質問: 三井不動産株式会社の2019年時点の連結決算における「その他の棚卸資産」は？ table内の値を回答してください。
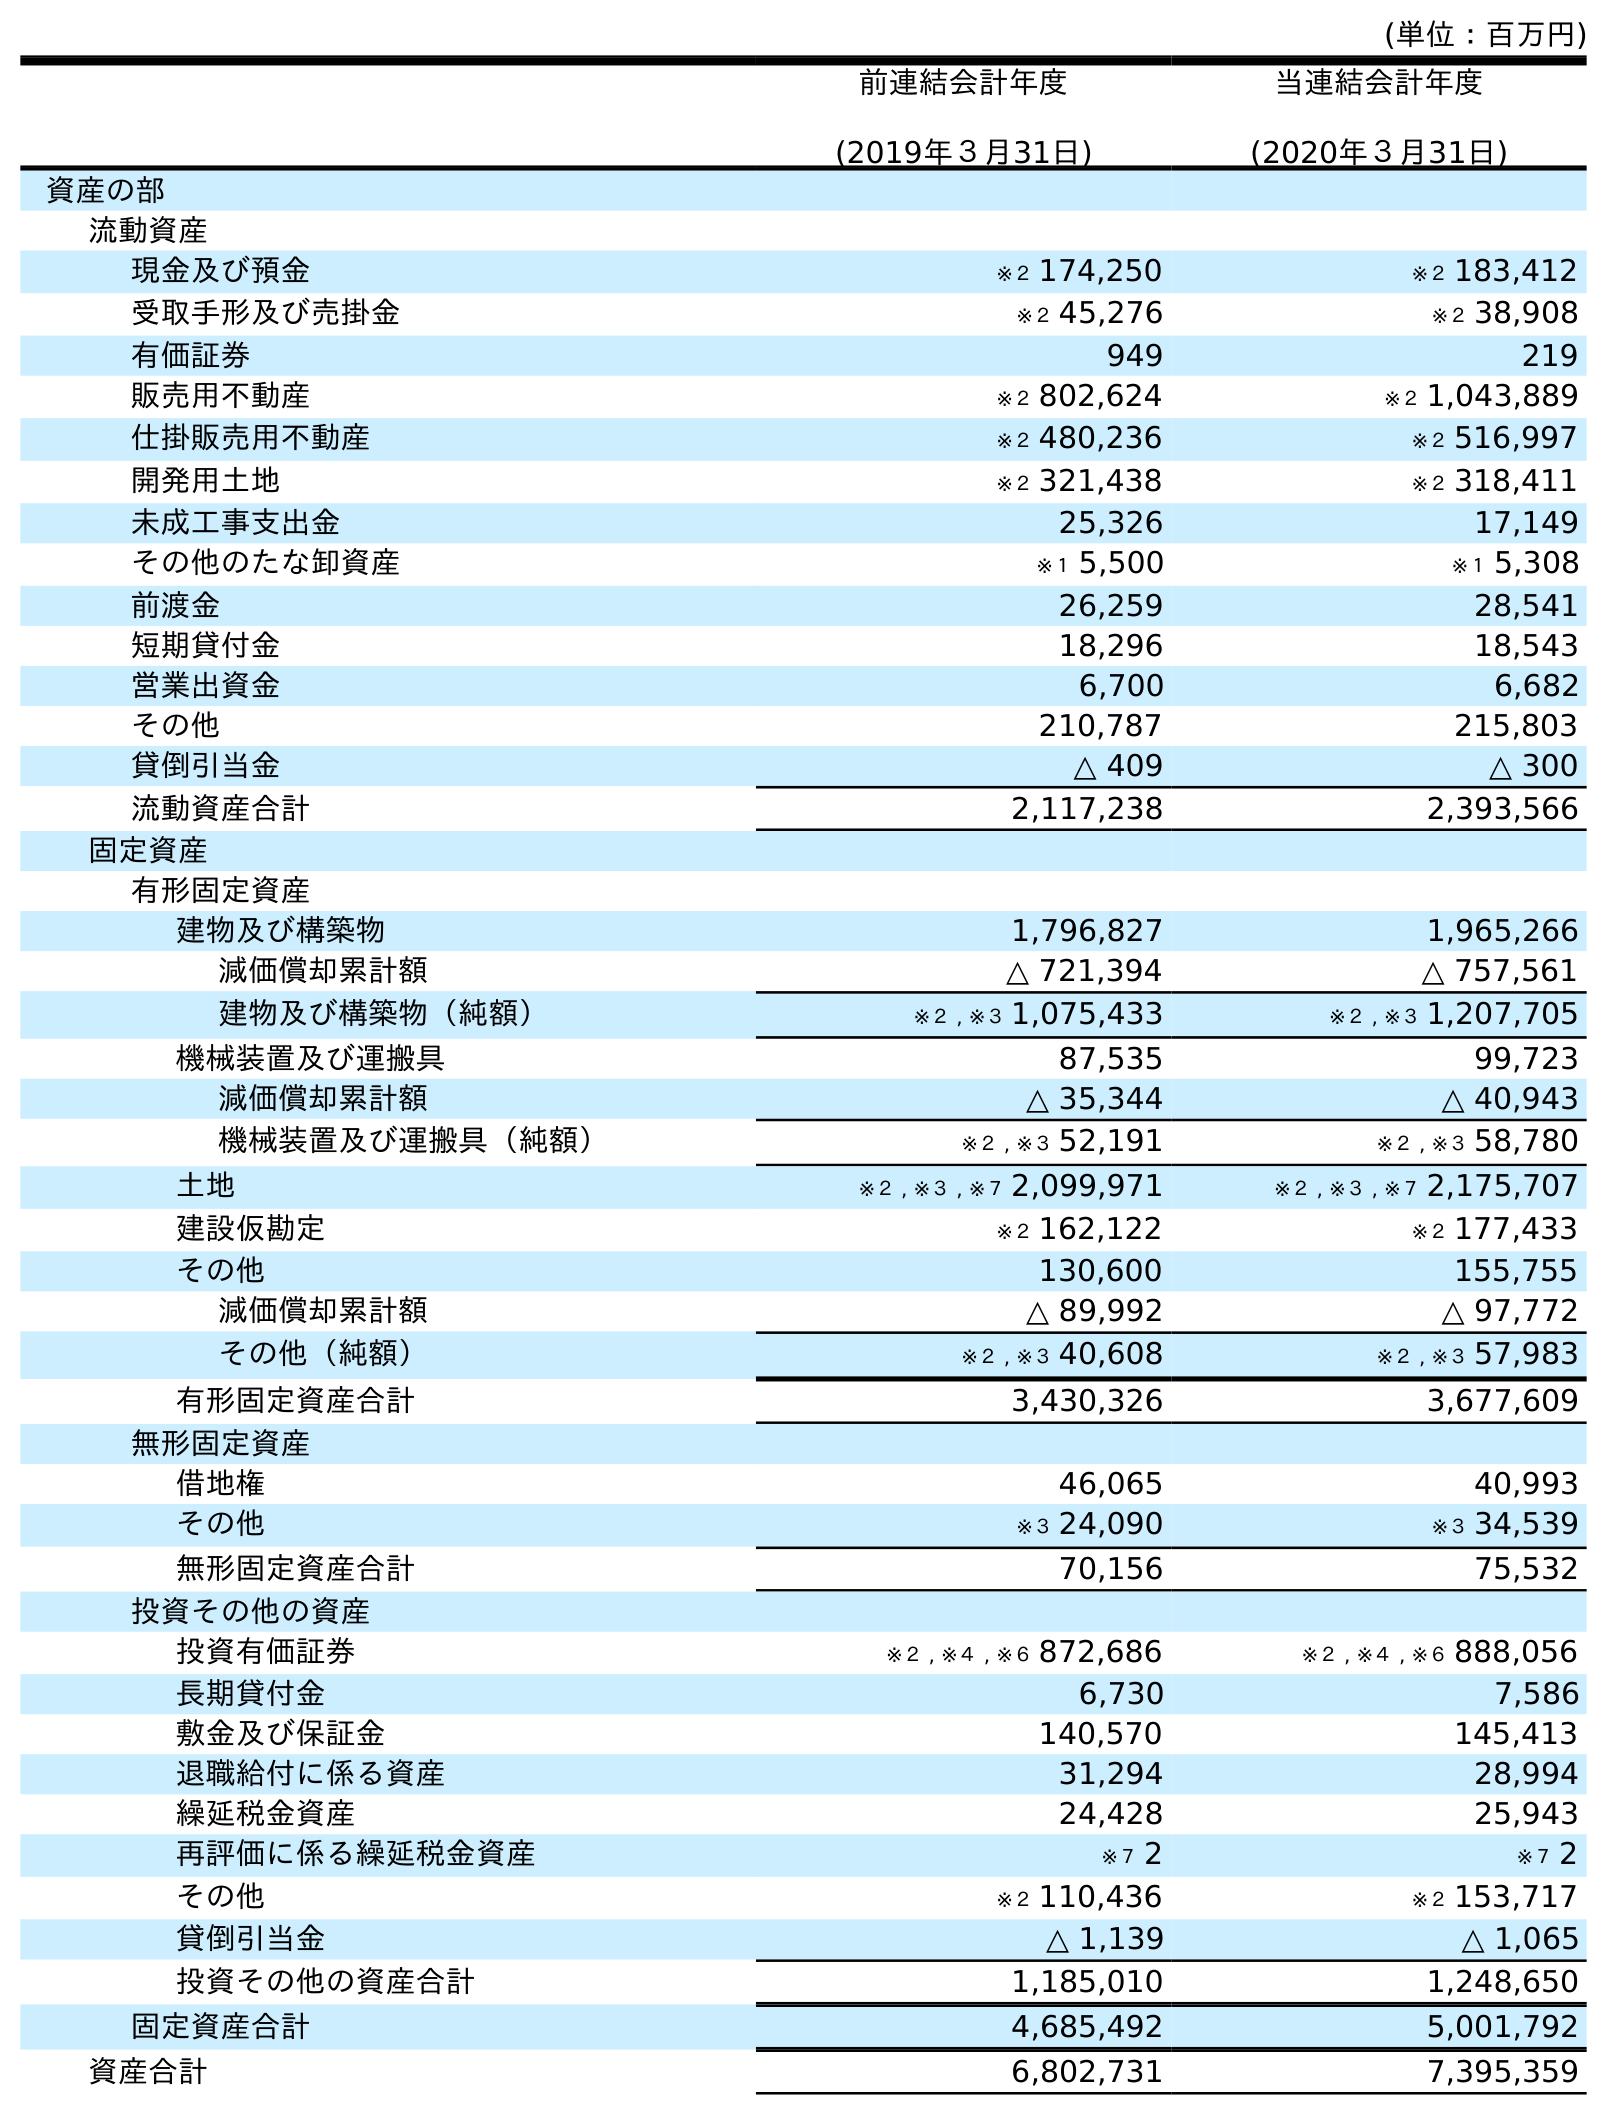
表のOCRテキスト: (単位：百万円) 前連結会計年度 (2019年３月31日) 当連結会計年度 (2020年３月31日) 資産の部 流動資産 現金及び預金 ※２ 174,250 ※２ 183,412 受取手形及び売掛金 ※２ 45,276 ※２ 38,908 有価証券 949 219 販売用不動産 ※２ 802,624 ※２ 1,043,889 仕掛販売用不動産 ※２ 480,236 ※２ 516,997 開発用土地 ※２ 321,438 ※２ 318,411 未成工事支出金 25,326 17,149 その他のたな卸資産 ※１ 5,500 ※１ 5,308 前渡金 26,259 28,541 短期貸付金 18,296 18,543 営業出資金 6,700 6,682 その他 210,787 215,803 貸倒引当金 △ 409 △ 300 流動資産合計 2,117,238 2,393,566 固定資産 有形固定資産 建物及び構築物 1,796,827 1,965,266 減価償却累計額 △ 721,394 △ 757,561 建物及び構築物（純額） ※２ , ※３ 1,075,433 ※２ , ※３ 1,207,705 機械装置及び運搬具 87,535 99,723 減価償却累計額 △ 35,344 △ 40,943 機械装置及び運搬具（純額） ※２ , ※３ 52,191 ※２ , ※３ 58,780 土地 ※２ , ※３ , ※７ 2,099,971 ※２ , ※３ , ※７ 2,175,707 建設仮勘定 ※２ 162,122 ※２ 177,433 その他 130,600 155,755 減価償却累計額 △ 89,992 △ 97,772 その他（純額） ※２ , ※３ 40,608 ※２ , ※３ 57,983 有形固定資産合計 3,430,326 3,677,609 無形固定資産 借地権 46,065 40,993 その他 ※３ 24,090 ※３ 34,539 無形固定資産合計 70,156 75,532 投資その他の資産 投資有価証券 ※２ , ※４ , ※６ 872,686 ※２ , ※４ , ※６ 888,056 長期貸付金 6,730 7,586 敷金及び保証金 140,570 145,413 退職給付に係る資産 31,294 28,994 繰延税金資産 24,428 25,943 再評価に係る繰延税金資産 ※７ 2 ※７ 2 その他 ※２ 110,436 ※２ 153,717 貸倒引当金 △ 1,139 △ 1,065 投資その他の資産合計 1,185,010 1,248,650 固定資産合計 4,685,492 5,001,792 資産合計 6,802,731 7,395,359
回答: ※１5,500